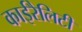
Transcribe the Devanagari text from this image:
काईरैलिटी